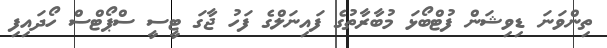
ތިންވަނަ ޑިވިޝަން ފުޓްބޯޅަ މުބާރާތުގެ ފައިނަލްގެ ފަހު ޖާގަ ޓީސީ ސްޕޯޓްސް ހޯދައިފި